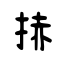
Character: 捇